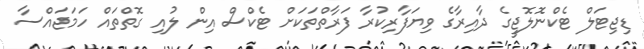
ޑިޖިޓަލް ޓެކްނޮލޮޖީގެ ދާއިރާގެ ވިޔަފާރިކުރާ ފަރާތްތަކަށް ޓެކްސް އިން ލުއި ގޮތްތައް ހަމަޖައްސާ